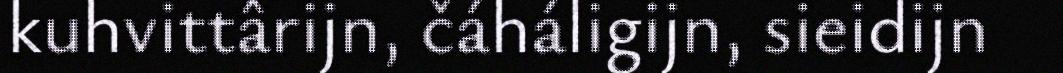
kuhvittârijn, čáháligijn, sieidijn